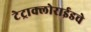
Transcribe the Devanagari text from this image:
टेट्राक्लोराईडचे